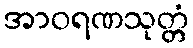
အာဝရဏသုတ္တံ